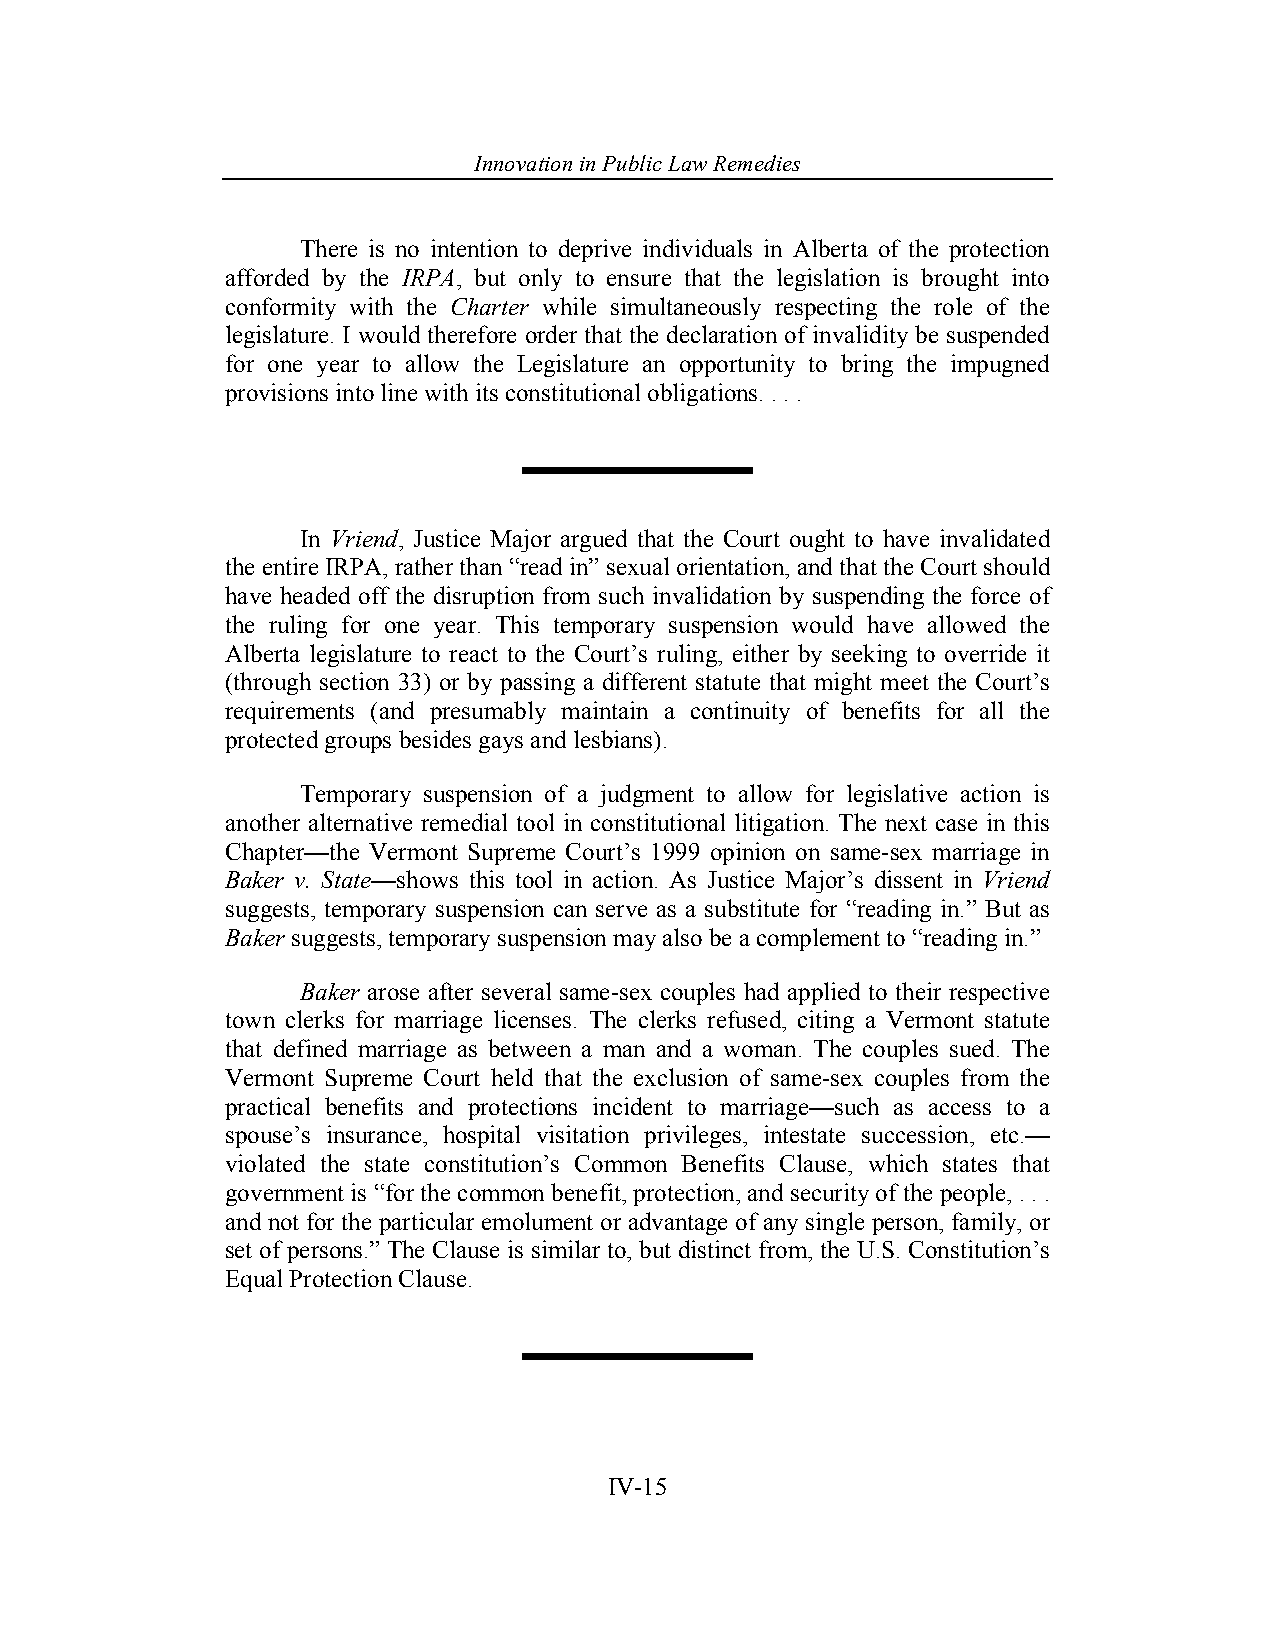
Innovation in Pub lic Law Remedies
 There is no intention to deprive individuals in Alberta of the protection
 afforded by the IRPA, but only to ensure that the legislation is brought into
 conformity with the Charter while simultaneously respecting the role of the
 legislature. I would therefore order that the declaration of invalidity be suspended
 for one year to allow the Legislature an opportunity to bring the impugned
 provisions into line with its constitutional obligations. . . .
 In Vriend, Justice Major argued that the Court ought to have invalidated
 the entire IRPA, rather than “read in” sexual orientation, and that the Court should
 have headed off the disruption from such invalidation by suspending the force of
 the ruling for one year. This temporary suspension would have allowed the
 Alberta legislature to react to the Court’s ruling, either by seeking to override it
 (through section 33) or by passing a different statute that might meet the Court’s
 requirements (and presumably maintain a continuity of benefits for all the
 protected groups besides gays and lesbians).
 Temporary suspension of a judgment to allow for legislative action is
 another alternative remedial tool in constitutional litigation. The next case in this
 Chapter—the Vermont Supreme Court’s 1999 opinion on same-sex marriage in
 Baker v. State—shows this tool in action. As Justice Major’s dissent in Vriend
 suggests, temporary suspension can serve as a substitute for “reading in.” But as
 Baker suggests, temporary suspension may also be a complement to “reading in.”
 Baker arose after several same-sex couples had applied to their respective
 town clerks for marriage licenses. The clerks refused, citing a Vermont statute
 that defined marriage as between a man and a woman. The couples sued. The
 Vermont Supreme Court held that the exclusion of same-sex couples from the
 practical benefits and protections incident to marriage—such as access to a
 spouse’s insurance, hospital visitation privileges, intestate succession, etc.—
 violated the state constitution’s Common Benefits Clause, which states that
 government is “for the common benefit, protection, and security of the people, . . .
 and not for the particular emolument or advantage of any single person, family, or
 set of persons.” The Clause is similar to, but distinct from, the U.S. Constitution’s
 Equal Protection Clause.
 IV-15